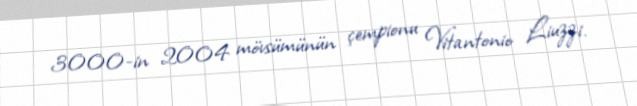
3000-in 2004 mövsümünün çempionu Vitantonio Liuzzi.